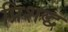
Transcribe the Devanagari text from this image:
प्रिशद्ध